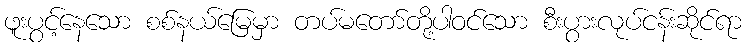
ဖူးပွင့်နေသော စစ်နယ်မြေမှာ တပ်မတော်တို့ပါဝင်သော စီးပွားလုပ်ငန်းဆိုင်ရာ